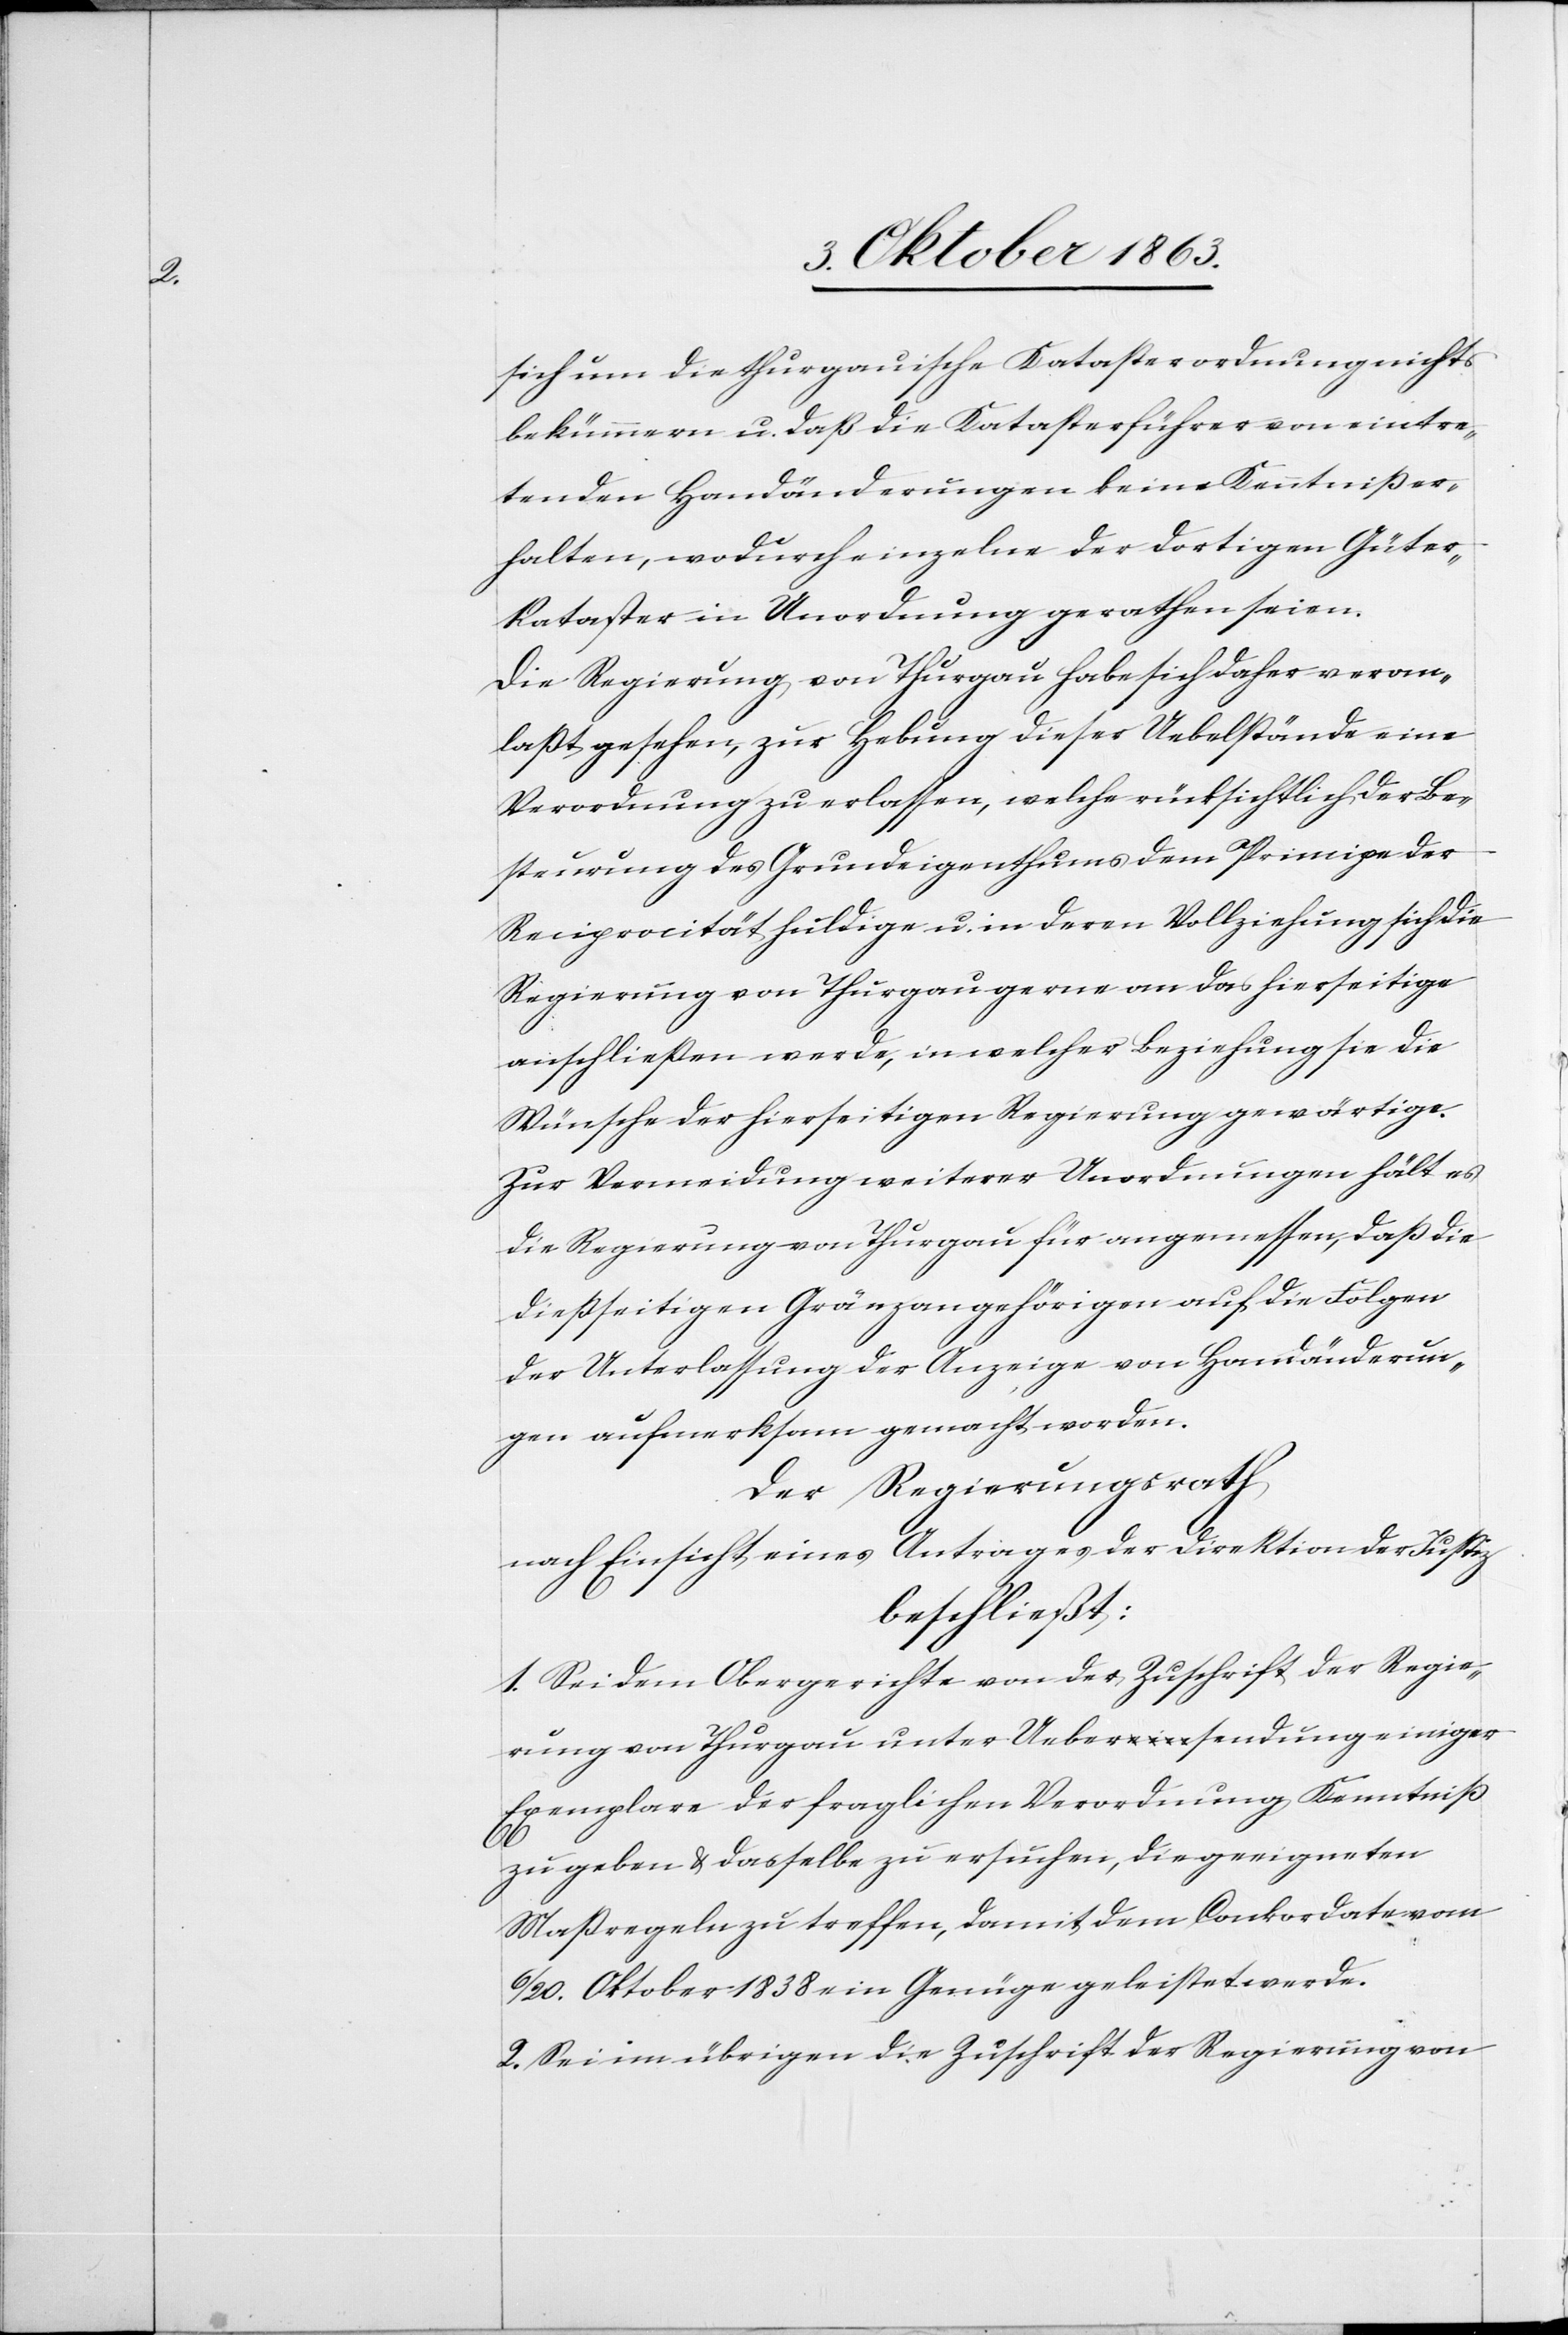
sich um die thurgauische Katasterordnung nichts
bekümmern u. daß die Katasterführer von eintre¬
tenden Handänderungen keine Kenntniß er¬
halten, wodurch einzelne der dortigen Güter¬
kataster in Unordnung gerathen seien.
Die Regierung von Thurgau habe sich daher veran¬
laßt gesehen, zur Hebung dieser Uebelstände eine
Verordnung zu erlassen, welche rücksichtlich der Be¬
steurung des Grundeigenthums dem Principe der
Reciprocität huldige u. in deren Vollziehung sich die
Regierung von Thurgau gerne an das hierseitige
anschließen werde, in welcher Beziehung sie die
Wünsche der hierseitigen Regierung gewärtige.
Zur Vermeidung weiterer Unordnungen hält es
die Regierung von Thurgau für angemessen, daß die
dießseitigen Gränzangehörigen auf die Folgen
der Unterlassung der Anzeige von Handänderun¬
gen aufmerksam gemacht worden.
Der Regierungsrath
nach Einsicht eines Antrages der Direktion der Justiz
beschließt:
1. Sei dem Obergerichte von der Zuschrift der Regie¬
rung von Thurgau unter Uebersendung einiger
Exemplare der fraglichen Verordnung Kenntniß
zu geben & dasselbe zu ersuchen, die geeigneten
Maßregeln zu treffen, damit dem Conkordate vom
6/20. Oktober 1838 ein Genüge geleistet werde.
2. Sei im übrigen die Zuschrift der Regierung von